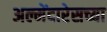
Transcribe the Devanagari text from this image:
अल्मेंदारेसच्या